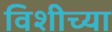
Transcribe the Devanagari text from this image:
विशीच्या